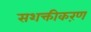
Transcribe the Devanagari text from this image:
सशक्तीकऱण